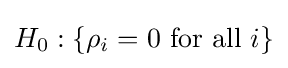
{H_{0}:\lbrace \rho _{i}=0{\text{ for all }}i\rbrace }